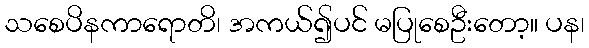
သစေပိနကာရောတိ၊ အကယ်၍ပင် မပြုစေဦးတော့။ ပန၊